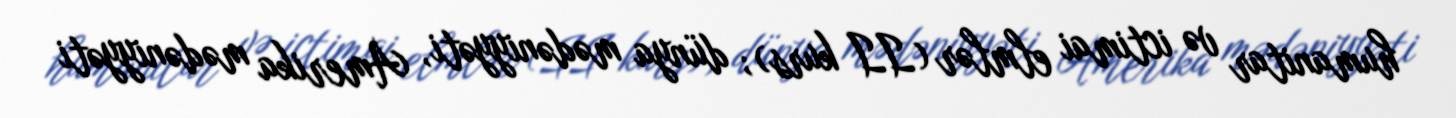
humanitar və ictimai elmlər (II kurs); dünya mədəniyyəti, Amerika mədəniyyəti